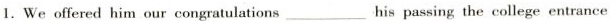
1.We offered him our congratulations ___his passing the college entrance